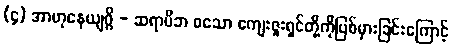
(၄) အာဟုနေယျဂ္ဂိ - ဆရာမိဘ စသော ကျေးဇူးရှင်တို့ကိုပြစ်မှားခြင်းကြောင့်